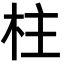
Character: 柱